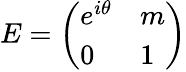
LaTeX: E=\left(\begin{array}{ll}{{e^{i\theta}}}&{{m}}\\ {{0}}&{{1}}\end{array}\right)